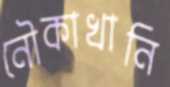
নৌকাখানি